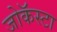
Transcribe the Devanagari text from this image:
जोकॅस्टा